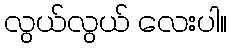
လွယ်လွယ် လေးပါ။